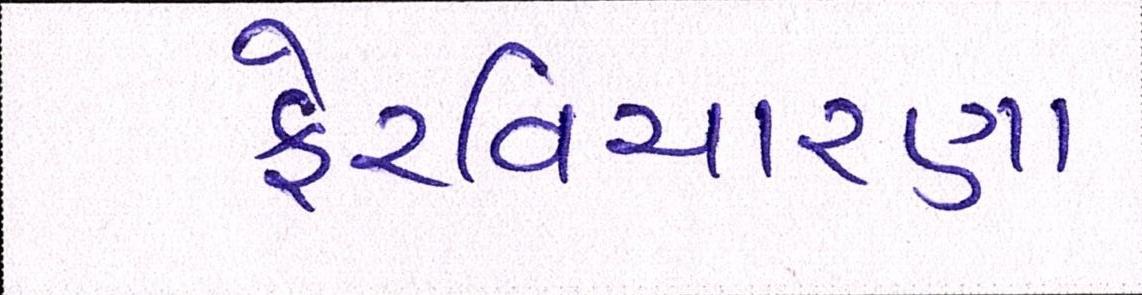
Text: ફેરવિચારણા